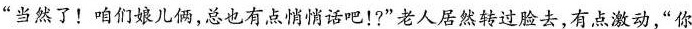
“当然了!咱们娘儿俩，总也有点悄悄话吧!?”老人居然转过脸去，有点激动，“你